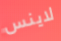
لاينس